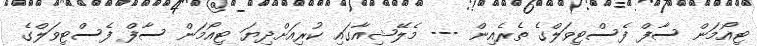
ޓިއޯމަން ސާފް ފެސްޓިވަލްގެ ތެރެއިން --- މެލޭޝިއާގައި ކުރިއަށްދިޔަ ޓިއޯމަން ސާފް ފެސްޓިވަލްގެ